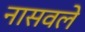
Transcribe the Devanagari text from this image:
नासवले